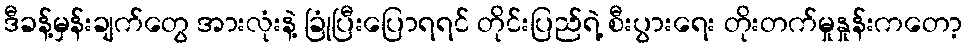
ဒီခန့်မှန်းချက်တွေ အားလုံးနဲ့ ခြုံပြီးပြောရရင် တိုင်းပြည်ရဲ့ စီးပွားရေး တိုးတက်မှုနှုန်းကတော့